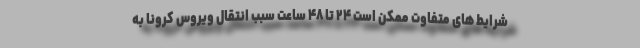
شرایط های متفاوت ممکن است ۲۴ تا ۴۸ ساعت سبب انتقال ویروس کرونا به